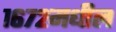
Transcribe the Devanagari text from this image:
१६७२मधील